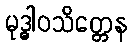
မုဒ္ဓါဝသိတ္တေန